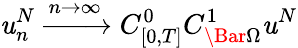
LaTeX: \mathit{u}_{n}^{N}\xrightarrow{{n\rightarrow\infty}}{{C_{[0,T]}^{0}C_{\Bar{\Omega}}^{1}}}\mathit{u}^{N}